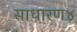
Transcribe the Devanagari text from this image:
साधारण४